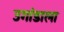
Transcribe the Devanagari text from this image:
उगांडाला